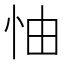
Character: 怞